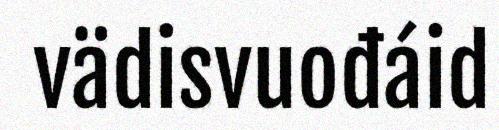
vädisvuođáid